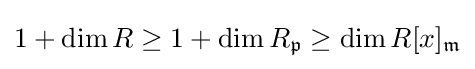
1+\dim R\geq 1+\dim R_{\mathfrak {p}}\geq \dim R[x]_{\mathfrak {m}}